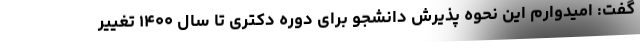
گفت: امیدوارم این نحوه پذیرش دانشجو برای دوره دکتری تا سال ۱۴۰۰ تغییر